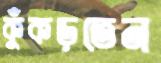
কুঁকড়তেন